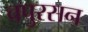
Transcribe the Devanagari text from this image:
चपुरसन